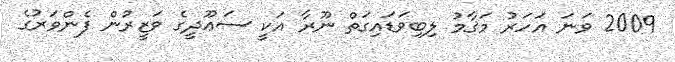
2009 ވަނަ އަހަރު މަޤާމު ލިބިވަޑައިގަތް ނޫރާ އަކީ ސަޢޫދީގެ ވަޒީރުން ފެންވަރުގެ